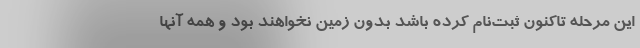
این مرحله تاکنون ثبت‌نام کرده باشد بدون زمین نخواهند بود و همه آنها